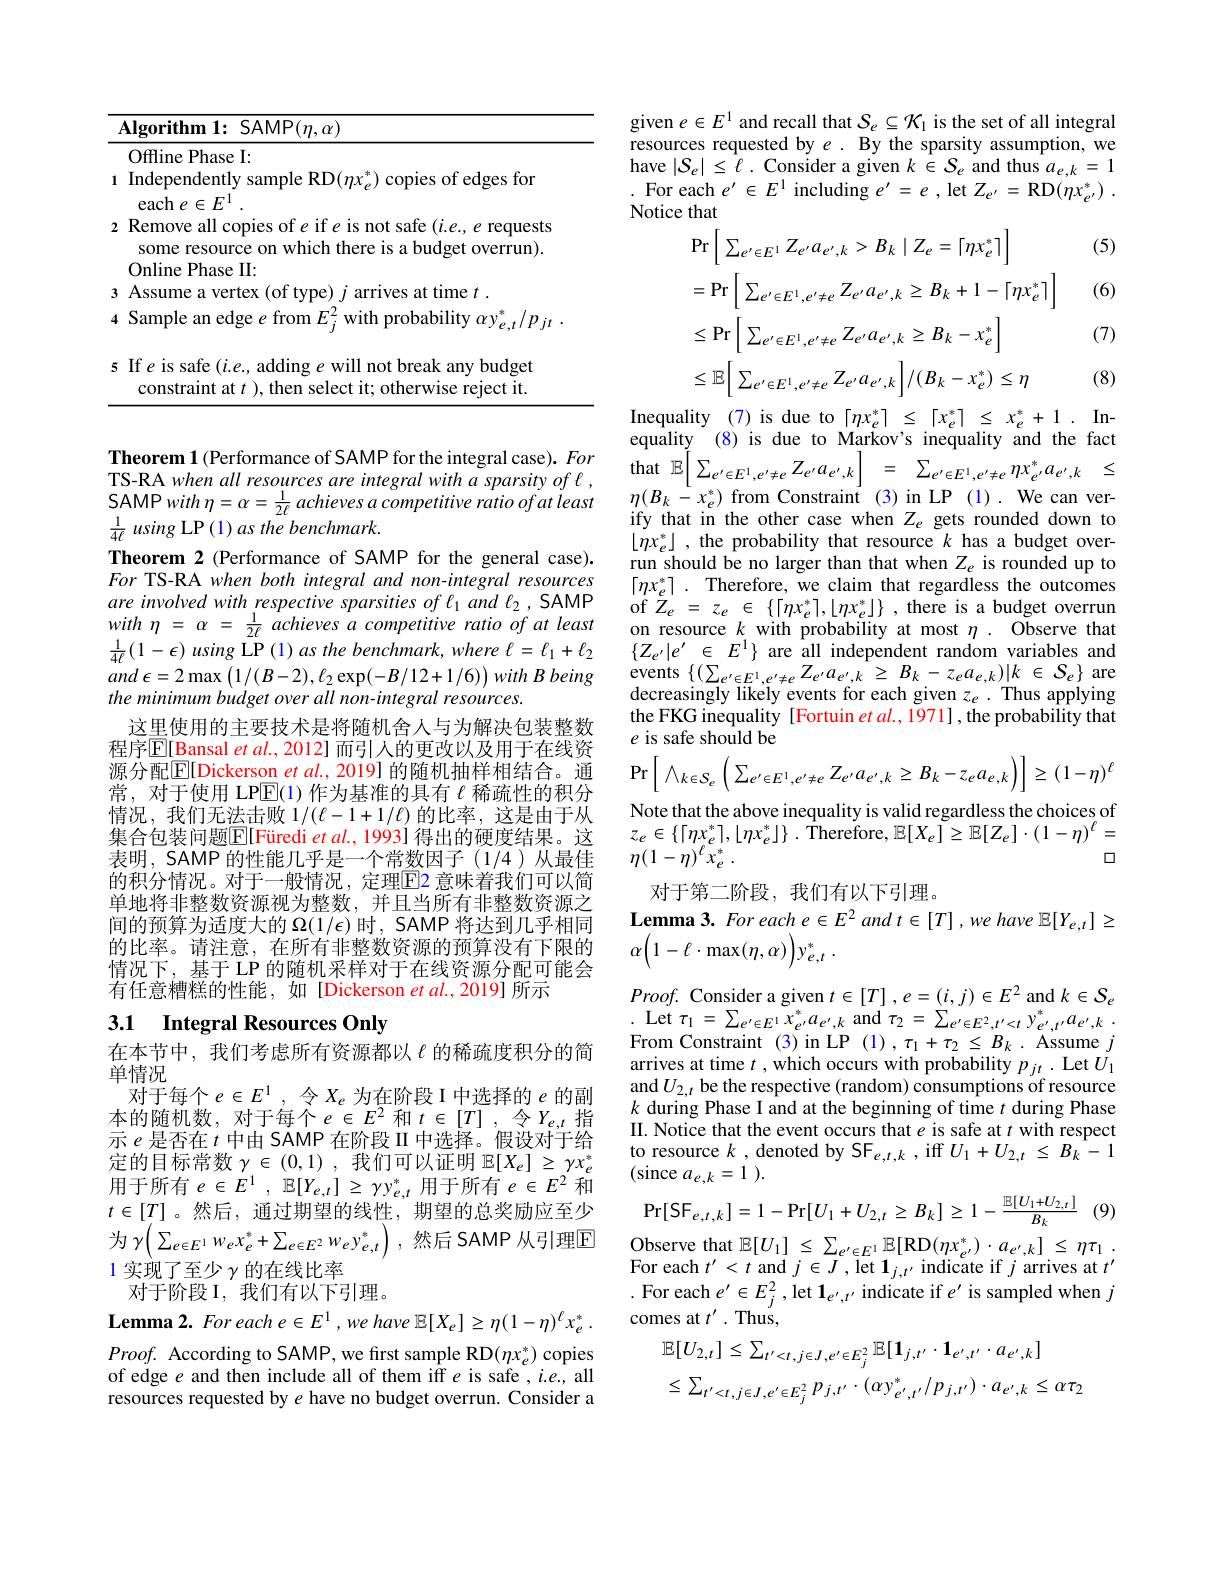
<table>
	<tbody>
		<tr>
			<td> </td>
			<td>$\mathbf{Algorithm~1:~SAMP}(\eta,\alpha)$</td>
		</tr>
		<tr>
			<td>1</td>
			<td>Offline Phase I: Independently sample RD$(\eta x_e^*)$ copies of edges for</td>
		</tr>
		<tr>
			<td>2</td>
			<td>Remove all copies of e if e is not safe $(i.e.,e$ requests some resource on which there is a budget overrun). OnlinePhase II</td>
		</tr>
		<tr>
			<td>3</td>
			<td>Assume</td>
		</tr>
		<tr>
			<td>$A$</td>
			<td>with probability $\alpha y_{e,t}^*/p_{jt}$ Sample an edge $e$ from $E_i^{2}$ w</td>
		</tr>
		<tr>
			<td>5</td>
			<td>If $e$ is safe $(i.e.$, adding $e$ will not break any budget constraint at $t$ ), then select it; otherwise reject it.</td>
		</tr>
	</tbody>
</table>

Theorem 1 (Performance of SAMP for the integral case). For TS-RA when all resources are integral with a sparsity of l , SAMPwith $\eta$= $\alpha$= $\frac 1{2\ell }$ achieves a competitive ratio of at least $\frac{1}{4\ell}$ using LP (1) as the benchmark.
Theorem 2 (Performance of SAMP for the general case). For TS-RA when both integral and non-integral resources are involved with respective sparsities of l and l2 , SAMP $with\eta=\alpha=\frac{1}{2\ell}$ achieves $a$ competitive ratio of at least $\frac{1}{4\ell}(1-\epsilon)using$ LP$(1)as$ the benchmark, where $\ell=\ell_1+\ell_2$ and $\epsilon = 2\max$ $\left ( 1/ ( B- 2) , \ell _{2}\exp ( - B/ 12+ 1/ 6) \right ) with$ $B$ being the minimum budget over all non-integral resources.
这里使用的主要技术是将随机舍人与为解决包装整数程序$\overline{\mathbb{E}}[\underline{\mathrm{Bansal~et~al.,~2012]~}}$而引入的更改以及用于在线资源分配$\boxed{\mathrm{F}}$[Dickerson et al., 2019] 的随机抽样相结合。通常，对于使用 LP$\overline{\mathrm{E}}$(1) 作为基准的具有$\ell$稀疏性的积分情况，我们无法击败$1/(\ell-1+1/\ell)$的比率，这是由于从集合包装问题$\boxed{\mathrm{E} }[ \text{F\"{u} redi et al. , 1993] 得 出 的 硬 度 结 果 。这 }$ 表明，SAMP的性能几乎是一个常数因子(1/4)从最佳的积分情况。对于一般情况，定理$\boxed{\mathrm{F}}$2 意味着我们可以简单地将非整数资源视为整数，并且当所有非整数资源之间的预算为适度大的$\Omega(1/\epsilon)$时，SAMP 将达到几乎相同的比率。请注意，在所有非整数资源的预算没有下限的情况下，基于 LP 的随机采样对于在线资源分配可能会有任意糟糕的性能，如[Dickerson et al.,2019] 所示

## 3.1 Integral Resources Only

在本节中，我们考虑所有资源都以$\ell$ 的稀疏度积分的简
单情况
对于每个$e\in E^1$,令$X_e$为在阶段 I 中选择的$e$的副本的随机数，对于每个$e\in E^2$ 和$t\in[T]$,令$Y_e,t$指示$e$是否在$t$中由 SAMP 在阶段 II 中选择。假设对于给定的目标常数$\gamma\in(0,1)$,我们可以证明$\mathbb{E}[X_e]\geq\gamma x_e^*$ 用于所有$e\in E^1,\mathbb{E}[Y_{e,t}]\geq\gamma y_{e,t}^*$用于所有$e\in E^2$和$t\in[T]$。然后，通过期望的线性，期望的总奖励应至少1 实现了至少$\gamma$的在线比率
对于阶段 I, 我们有以下引理。

Lemma 2. For each e $\in E^1,we$ have $\mathbb{E}[X_e]\geq\eta(1-\eta)^\ell x_e^*.$ $Proof.$ According to SAMP, we first sample RD$(\eta x_e^*)$ copies of edge $e$ and then include all of them iff $e$ is safe $,i.e.$, all resources requested by $e$ have no budget overrun. Consider a

given $e\in E^1$ and recall that $S_e\subseteq\mathcal{K}_1$ is the set of all integral resources requested by $e.$ By the sparsity assumption, we have $|\mathcal{S}_{e}|\leq\ell.$ Consider a given $k\in\mathcal{S}_{e}$ and thus $a_{e,k}=1$ For each $e^{\prime}\in E^{1}$ including $e^\prime=e$, let $Z_{e^{\prime}}=$RD$( \eta x_{e^{\prime }}^{* })$ . Notice that
$$\begin{aligned}&\mathrm{Pr}\left[\sum_{e^{\prime}\in E^{1}}Z_{e^{\prime}}a_{e^{\prime},k}>B_{k}\mid Z_{e}=\lceil\eta x_{e}^{*}\rceil\right]\\&=\mathrm{Pr}\left[\sum_{e^{\prime}\in E^{1},e^{\prime}\neq e}Z_{e^{\prime}}a_{e^{\prime},k}\geq B_{k}+1-\lceil\eta x_{e}^{*}\rceil\right]\\&\leq\mathrm{Pr}\left[\sum_{e^{\prime}\in E^{1},e^{\prime}\neq e}Z_{e^{\prime}}a_{e^{\prime},k}\geq B_{k}-x_{e}^{*}\right]\\&\leq\mathbb{E}\bigg[\sum_{e^{\prime}\in E^{1},e^{\prime}\neq e}Z_{e^{\prime}}a_{e^{\prime},k}\bigg]/(B_{k}-x_{e}^{*})\leq\eta\end{aligned}$$
(5)

(6)

(7)

(8)

Inequality(7)is due to$\lceil\eta x_{e}^{*}\rceil\leq\lceil x_{e}^{*}\rceil\leq x_{e}^{*}+1.$Inequality (8) is due to Markov's inequality and the fact $\begin{array}{rcl}{\mathrm{that}}&{\mathbb{E}\left[\sum_{e^{\prime}\in E^{1},e^{\prime}\neq e}Z_{e^{\prime}}a_{e^{\prime},k}\right]}&{=}&{\sum_{e^{\prime}\in E^{1},e^{\prime}\neq e}\eta x_{e^{\prime}}^{*}a_{e^{\prime},k}}&{{\leq}}\end{array}$

$\eta(B_{k}-x_{e}^{*})$ from Constraint (3) in LP(1). We can verify that in the other case when $Z_e$ gets rounded down to $\lfloor\eta x_{e}^{*}\rfloor$ , the probability that resource $k$ has a budget overrun should be no larger than that when $Z_e$ is rounded up to $\left\lceil\eta x_{e}^{*}\right\rceil.$Therefore, we claim that regardless the outcomes of $Z_{e}$ = $z_{e}$ $\in$ $\{ \lceil \eta x_{e}^{* }\rceil , \lfloor \eta x_{e}^{* }\rfloor \}$ , there is a budget overrun on resource $k$ with probability at most $\eta.$ Observe that $\{ Z_{e^{\prime }}| e^{\prime }$ $\in$ $E^{1}\}$ are all independent random variables and ${\mathrm{events}}\left\{(\sum_{e^{\prime}\in E^{1},e^{\prime}\neq e}Z_{e^{\prime}}a_{e^{\prime},k}\:\geq\:B_{k}-z_{e}a_{e,k})|k\:\in\:{\mathcal S}_{e}\right\}$are decreasingly likely events for each given $z_e.$ Thus applying the FKG inequality [Fortuin $et\textit{al. , 1971}] $,the probability that e is safe should be
$$\mathrm{Pr}\left[\:\wedge_{k\in S_{e}}\left(\sum_{e^{\prime}\in E^{1},e^{\prime}\neq e}Z_{e^{\prime}}a_{e^{\prime},k}\geq B_{k}-z_{e}a_{e,k}\right)\right]\geq(1-\eta)^{\ell}$$
Note that the above inequality is valid regardless the choices of $z_{e}\in \{ \lceil \eta x_{e}^{* }\rceil , \lfloor \eta x_{e}^{* }\rfloor \}$ . ${\hat{\mathrm{Therefore}} }$, ${\mathbb{E} }[ X_{e}] \geq {\mathbb{E} }[ Z_{e}] \cdot ( 1- \eta ) ^{\ell }=$
0
$\eta ( 1- \eta ) ^\ell x_e^*$ .
对于第二阶段，我们有以下引理。
$\textbf{Lemma3. For each e}\in E^{2}$ and $t\in[T],we$ have $\mathbb{E}[Y_e,t]\geq$
$\alpha \left ( 1- \ell \cdot \max ( \eta , \alpha ) \right ) y_{e, t}^*$ .
$Proof.$ Consider a given $t\in [ T]$ $, e= ( i, j) \in E^{2}$ and $k\in\mathcal{S}_e$ . Let $\tau_{1}=\sum_{e^{\prime}\in E^{1}}x_{e^{\prime}}^{*}a_{e^{\prime},k}$ and $\tau_{2}=\sum_{e^{\prime}\in E^{2},t^{\prime}<t}y_{e^{\prime},t^{\prime}}^{*}a_{e^{\prime},k}.$ From Constraint (3) in LP (1) , $\tau_1+\tau_2\leq B_k$ . Assume $j$ arrives at time $t$ ,which occurs with probability $p_jt.$ Let $U_1$ and$U_{2,t}$ be the respective (random) consumptions of resource $k$ during Phase I and at the beginning of time $t$ during Phase II. Notice that the event occurs that $e$ is safe at $t$ with respect to resource $k$ , denoted by SF$_e,t,k$ , iff $U_1+U_{2,t}\leq B_k-1$ (since $a_e, k= 1$ ).
$$\operatorname*{Pr}[\mathsf{SF}_{e,t,k}]=1-\operatorname*{Pr}[U_{1}+U_{2,t}\geq B_{k}]\geq1-\frac{\mathbb{E}[U_{1}+U_{2,t}]}{B_{k}}$$
为$\gamma\left(\sum_{e\in E^{1}W_{e}x_{e}^{*}+\sum_{e\in E^{2}W_{e}y_{e,t}^{*}}}\right)$,然后 SAMP 从引理$\boxed{\mathrm{E} }$ Observe that $\mathbb{E}[U_{1}]\leq\sum_{e^{\prime}\in E^{1}}\mathbb{E}[\mathbb{RD}(\eta x_{e^{\prime},t}^{*})\cdot a_{e^{\prime},k}]\leq\eta\tau_{1}$
For each $t^\prime<t$ and $j\in J$, let $\mathbf{1}_{j,t^{\prime}}$ indicate if $j$ arrives at $t^\prime$ . For each $e^\prime\in E_{j}^{2}$,let $\mathbf{1}_{e^{\prime},t^{\prime}}$ indicate if $e^\prime$ is sampled when $j$ comes at $t^\prime.$ Thus,
$$\begin{aligned}&\mathbb{E}[U_{2,t}]\leq\sum_{t^{\prime}<t,j\in J,e^{\prime}\in E_{j}^{2}}\mathbb{E}[\mathbf{1}_{j,t^{\prime}}\cdot\mathbf{1}_{e^{\prime},t^{\prime}}\cdot a_{e^{\prime},k}]\\&\leq\sum_{t^{\prime}<t,j\in J,e^{\prime}\in E_{j}^{2}}p_{j,t^{\prime}}\cdot(\alpha y_{e^{\prime},t^{\prime}}^{*}/p_{j,t^{\prime}})\cdot a_{e^{\prime},k}\leq\alpha\tau_{2}\end{aligned}$$